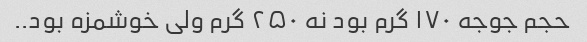
حجم جوجه ۱۷۰ گرم بود نه ۲۵۰ گرم ولی خوشمزه بود..